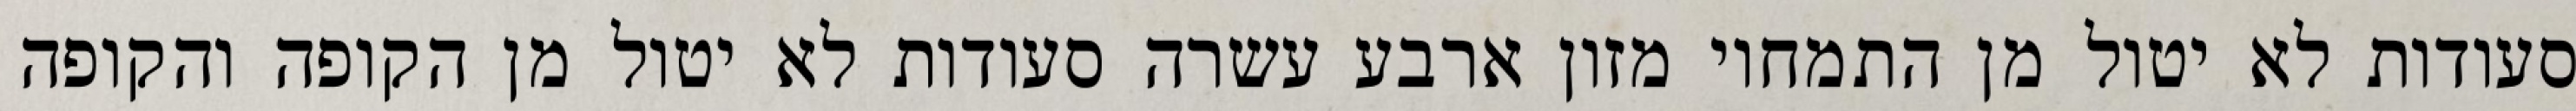
סעודות לא יטול מן התמחוי מזון ארבע עשרה סעודות לא יטול מן הקופה והקופה